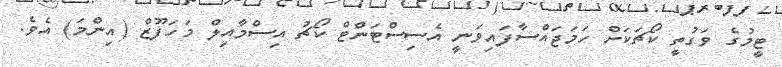
ޓީމުގެ ވަގުތީ ކޯޗަކަށް ހަމަޖައްސާފައިވަނީ އެސިސްޓަންޓް ކޯޗު އިސްމާއިލް މަހަފޫޒް (އިންމަ) އެވެ.